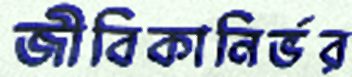
জীবিকানির্ভর